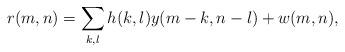
LaTeX: \begin{align*}r(m,n)=\sum_{k,l}h(k,l)y(m-k,n-l)+w(m,n),\end{align*}